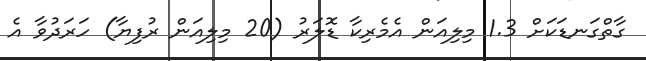
ގާތްގަނޑަކަށް 1.3 މިލިއަން އެމެރިކާ ޑޮލަރު (20 މިލިއަން ރުފިޔާ) ހަރަދުވާ އެ